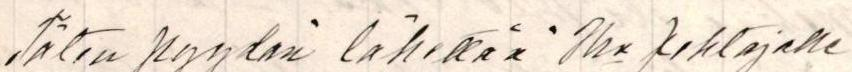
Täten pyydän lähettää Hra Johtajalle